Medical and sanitary report on the native army of Bombay for the year
Year: 1878
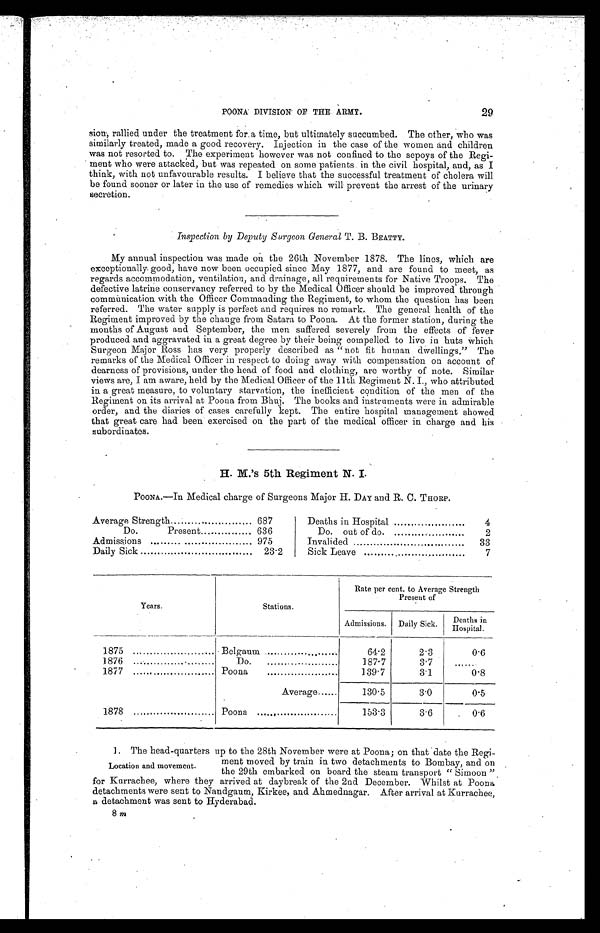
29
POONA DIVISION OF THE ARMY.
sion, rallied under the treatment for a time, but ultimately succumbed. The other, who was
similarly treated, made a good recovery. Injection in the case of the women and children
was not resorted to. The experiment however was not confined to the sepoys of the Regi
- ment who were attacked, but was repeated on some patients in the civil hospital, and, as I
think, with not unfavourable results. I believe that the successful treatment of cholera will
be found sooner or later in the use of remedies which will prevent the arrest of the urinary
secretion.
Inspection by Deputy Surgeon General T. B. BEATTY.
My annual inspection was made on the 26th November 1878. The lines, which are
exceptionally good, have now been occupied since May 1877, and are found to meet, as
regards accommodation, ventilation, and drainage, all requirements for Native Troops. The
defective latrine conservancy referred to by the Medical Officer should be improved through
communication with the Officer Commanding the Regiment, to whom the question has been
referred. The water supply is perfect and requires no remark. . The general health of the
Regiment improved by the change from Satara to Poona. At the former station, during the
months of August and September, the men suffered severely from the effects of fever
produced and aggravated in a great degree by their being compelled to live in huts Which
Surgeon Major Ross has very properly described as “not fit human dwellings.” The
remarks of the Medical Officer in respect to doing away with compensation on account of
dearness of provisions, under the head of food and clothing, are worthy of note. Similar
views are, I am aware, held by the Medical Officer of the 11th Regiment N. I., who attributed
in a great measure, to voluntary starvation, the inefficient condition of the men of the
Regiment on its arrival at Poona from Bhuj. The books and instruments were in admirable
order, and the diaries of cases carefully kept. The entire hospital management showed
that great care had been exercised on the part of the medical officer in charge and his
subordinates.
H. M.’s 5th Regiment N. I
.
.
POONA.—In Medical charge of Surgeons Major H. DAY and R. C. TH0RP.
Average Strength
687
Deaths in Hospital
4
Do.
Present...........
636
Do out of do.
2
Admissions
975
Invalided
33
Daily Sick
23.2
Sick Leave
7
Years.
Stations.
Rate per cent. to Average Strength
Present of
Admissions.
Daily Sick.
Deaths in
Hospital.
1875
Belgaum
64.2
2.3
0.6
1876
Do.
187.7
3.7
.......
1877
Poona
139.7
3.1
0.8
Average......
130.5
3.0
0.5
1878
Poona
153.3
3.6
0.6
1. The head-quarters up to the 28th November were at Poona ; on that date the Regi-
ment moved by train in two detachments to Bombay, and on
the 29th embarked on board the steam transport “ Simoon ”
for Kurrachee, where they arrived at daybreak of the 2nd December. Whilst at Poona
detachments were sent to Nandgaum, Kirkee, and Ahmednagar. After arrival at Kurrachee,
a detachment was sent to Hyderabad.
8 m
Location and movement.